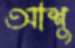
আশু